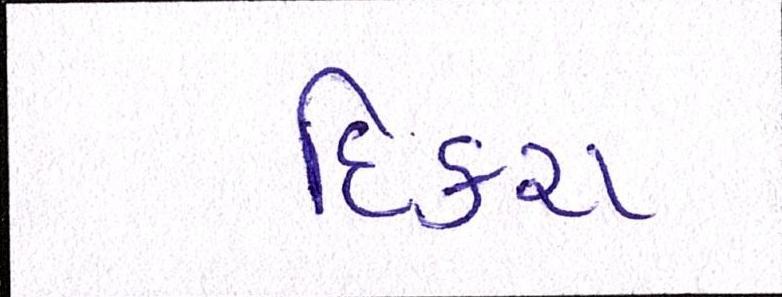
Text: દિકરા